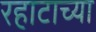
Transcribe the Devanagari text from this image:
रहाटाच्या